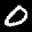
Label: 0